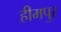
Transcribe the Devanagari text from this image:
हीमपुर